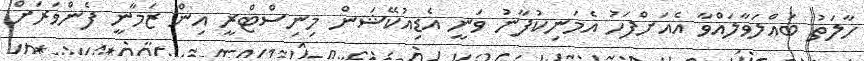
ހާލަތު ބައްލަވާލައްވާ އެއަށްފަހު އެމަނިކުފާނު ވަނީ އެޑިއުކޭޝަން މިނިސްޓްރީ އިން ޒަމާނީ ފެންވަރަށް